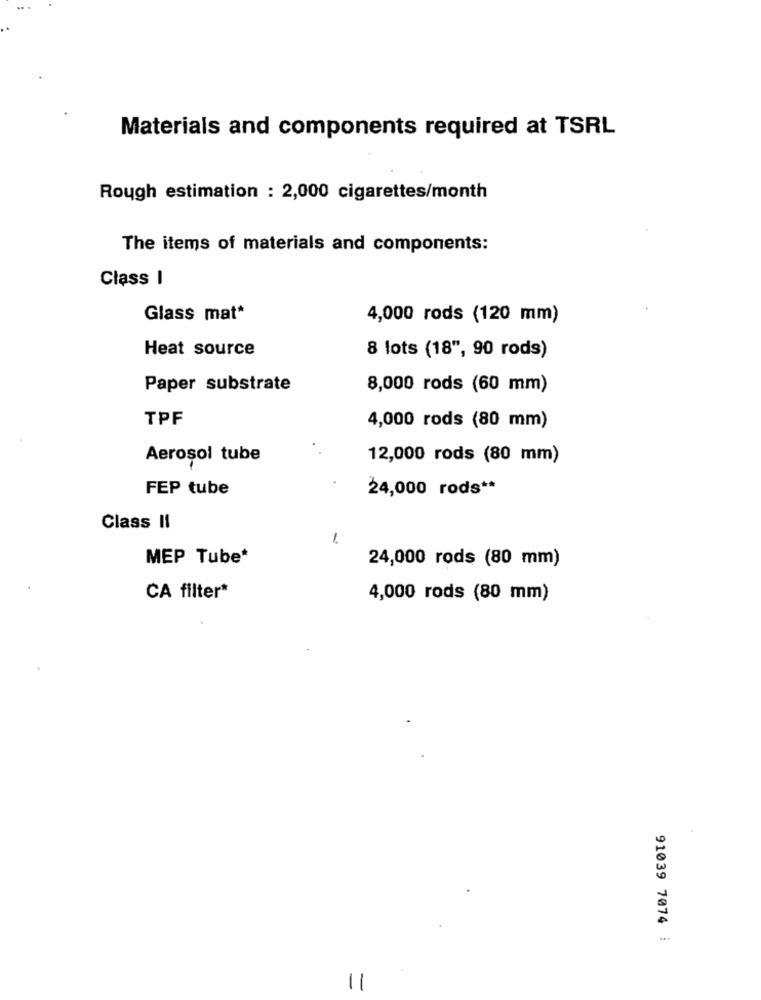
Materials and components required at TSRL
Rough estimation : 2,000 cigarettes/month
The items of materials and components:
Class I
Glass mat*
4,000 rods (120 mm)
Heat source
8 lots (18", 90 rods)
Paper substrate
8,000 rods (60 mm)
TPF
4,000 rods (80 mm)
Aerosol tube
12,000 rods (80 mm)
FEP tube
24,000 rods **
Class II
-
MEP Tube*
24,000 rods (80 mm)
CA filter*
4,000 rods (80 mm)
91039 7074 :
11